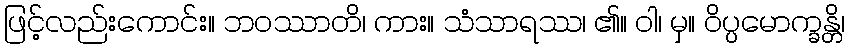
ဖြင့်လည်းကောင်း။ ဘဝဿာတိ၊ ကား။ သံသာရဿ၊ ၏။ ဝါ၊ မှ။ ဝိပ္ပမောက္ခန္တိ၊